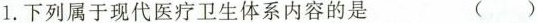
1.下列属于现代医疗卫生体系内容的是 ( )